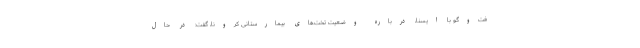
فت‌وگو با ایسنا، درباره وضعیت تخت‌های بیمارستانی کرونا، گفت: در حال